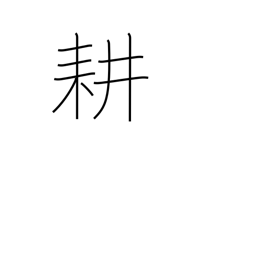
Meaning: till